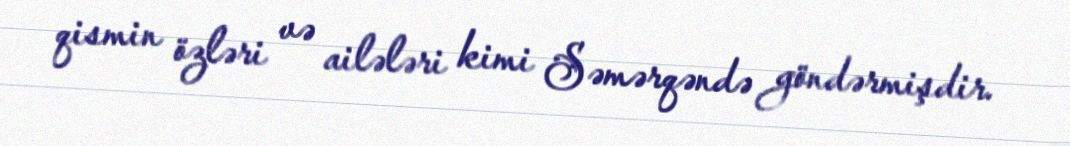
qismin özləri və ailələri kimi Səmərqəndə göndərmişdir.